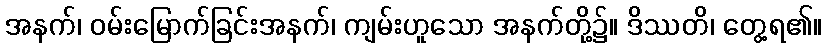
အနက်၊ ဝမ်းမြောက်ခြင်းအနက်၊ ကျမ်းဟူသော အနက်တို့၌။ ဒိဿတိ၊ တွေ့ရ၏။